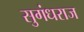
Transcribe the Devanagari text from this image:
सुगंधराज